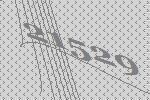
21529